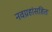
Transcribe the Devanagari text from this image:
नवग्रहांसहित